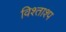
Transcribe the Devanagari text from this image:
विश्ताश्प